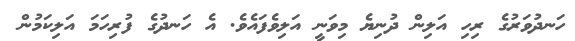
ހަނދުވަރުގެ ރިހި އަލިން ދުނިޔެ މިވަނީ އަލިވެފައެވެ. އެ ހަނދުގެ ފުރިހަމަ އަލިކަމުން